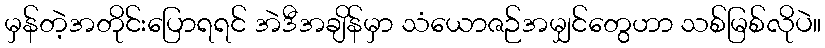
မှန်တဲ့အတိုင်းပြောရရင် အဲဒီအချိန်မှာ သံယောဇဉ်အမျှင်တွေဟာ သစ်မြစ်လိုပဲ။